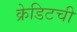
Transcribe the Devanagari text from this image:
क्रेडिटची